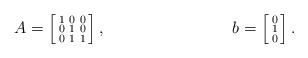
LaTeX: \begin{align*}A &= \left[ \begin{smallmatrix} 1 & 0 & 0 \\ 0 & 1 & 0 \\ 0 & 1 & 1 \end{smallmatrix} \right], &b &= \left[ \begin{smallmatrix} 0 \\ 1 \\ 0 \end{smallmatrix} \right]. \end{align*}